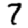
Digit: 7